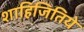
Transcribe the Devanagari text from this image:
शाहिजितिये